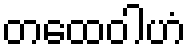
တထေဝါဟံ